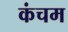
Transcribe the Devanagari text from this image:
कंचम